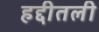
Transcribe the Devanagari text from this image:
हद्दीतली